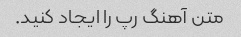
متن آهنگ رپ را ایجاد کنید.